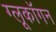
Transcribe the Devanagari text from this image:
ग्लूकॉगन